Civil Veterinary Dept. Bombay admin report 1900-1906 - 1900-1906
Year: 1900
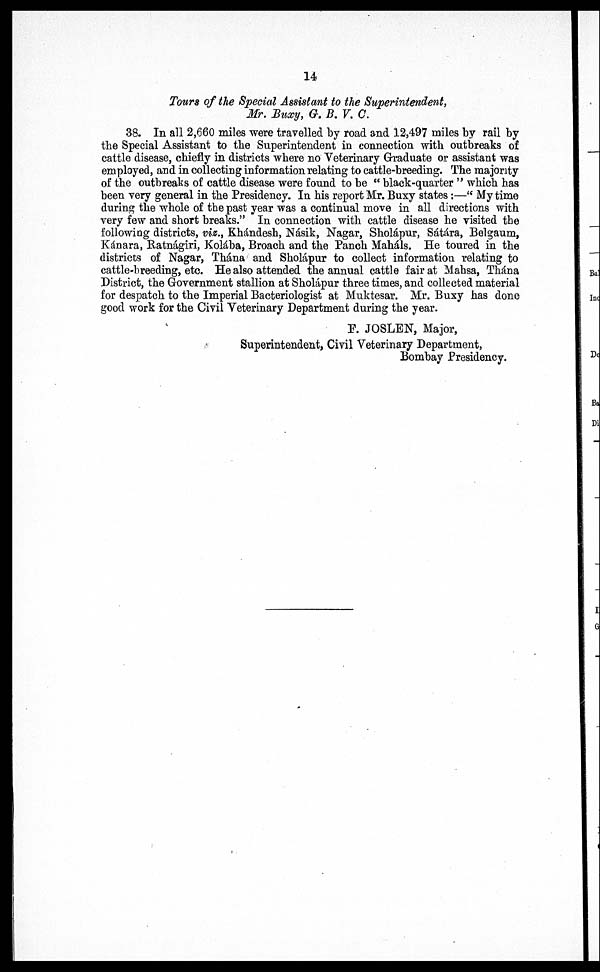
14
Tours of the Special Assistant to the Superintendent,
Mr. Buxy, G. B. V. C.
38. In all 2,660 miles were travelled by road and 12,497 miles by rail by
the Special Assistant to the Superintendent in connection with outbreaks of
cattle disease, chiefly in districts where no Veterinary Graduate or assistant was
employed, and in collecting information relating to cattle-breeding. The majority
of the outbreaks of cattle disease were found to be "black-quarter" which has
been very general in the Presidency. In his report Mr. Buxy states:—"My time
during the whole of the past year was a continual move in all directions with
very few and short breaks." In connection with cattle disease he visited the
following districts, viz., Khándesh, Násik, Nagar, Sholápur, Sátára, Belgaum,
Kánara, Ratnágiri, Kolába, Broach and the Panch Mahals. He toured in the
districts of Nagar, Thána and Sholápur to collect information relating to
cattle-breeding, etc. He also attended the annual cattle fair at Mahsa, Thána
District, the Government stallion at Sholápur three times, and collected material
for despatch to the Imperial Bacteriologist at Muktesar. Mr. Buxy has done
good work for the Civil Veterinary Department during the year.
P. JOSLEN, Major,
Superintendent, Civil Veterinary Department,
Bombay Presidency.